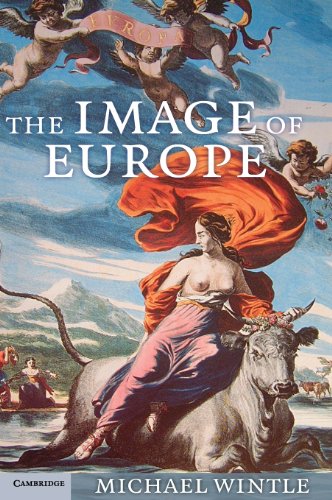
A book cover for The Image of Europe: Visualizing Europe in Cartography and Iconography throughout the Ages (Cambridge Studies in Historical Geography); Michael Wintle; Science & Math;